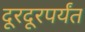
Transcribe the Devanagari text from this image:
दूरदूरपर्यंत